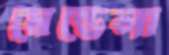
মেন্ডেলা